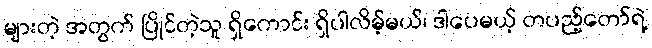
များတဲ့ အတွက် ပြိုင်တဲ့သူ ရှိကောင်း ရှိပါလိမ့်မယ်၊ ဒါပေမယ့် တပည့်တော်ရဲ့